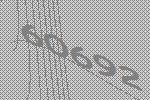
60692